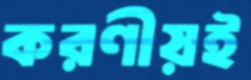
করণীয়ই